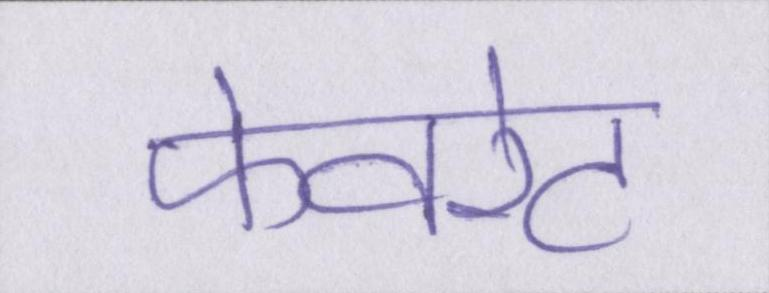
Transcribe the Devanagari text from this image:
फेवरेट